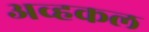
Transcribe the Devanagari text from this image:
अव्हकल